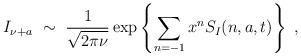
LaTeX: \begin{align*}I_{\nu+a}\ \sim\ \frac{1}{\sqrt{2\pi\nu}}\exp \left\{ \sum_{n=-1}x^n S_I(n,a,t) \right\}\ ,\end{align*}